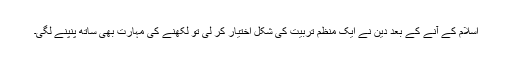
اسلام کے آنے کے بعد دین نے ایک منظم تربیت کی شکل اختیار کر لی تو لکھنے کی مہارت بھی ساتھ پنپنے لگی۔